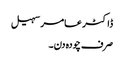
ڈاکٹر عامر سہیل
صرف چودہ دن۔